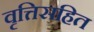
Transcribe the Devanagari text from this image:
वृत्तिसहित